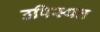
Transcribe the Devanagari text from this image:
उपिस्थत